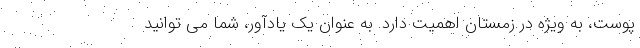
پوست، به ویژه در زمستان اهمیت دارد. به عنوان یک یادآور، شما می توانید